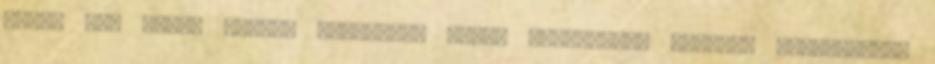
pedig szó sincs erről. Valamiért mégis hajlamosak vagyunk különbséget